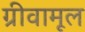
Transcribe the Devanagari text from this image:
ग्रीवामूल